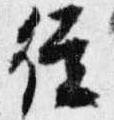
従